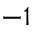
^ { - 1 }